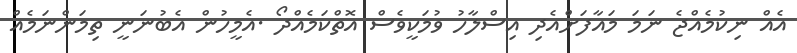
އެއް ނިކުމެއްޖެ ނަމަ މައާފަށްއެދި އިސްލާހު ވުމަކީވެސް އޮތްކަމެއްދޯ .އެމީހުން އެބުނަނީ ތިމަންނަމެއް